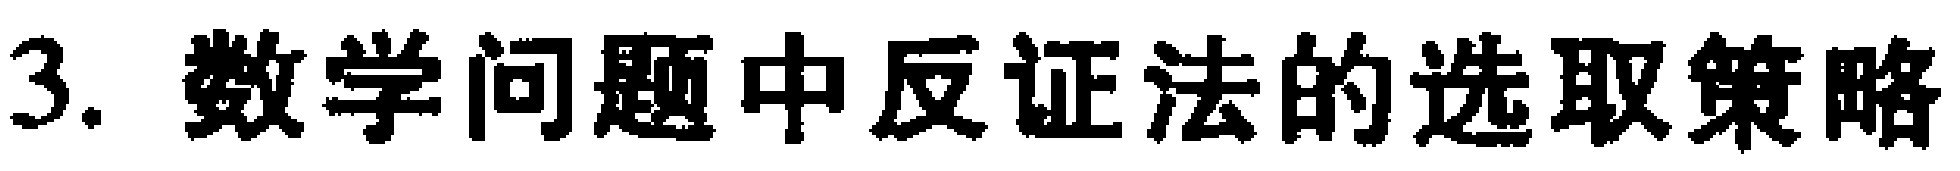
3. 数学问题中反证法的选取策略